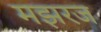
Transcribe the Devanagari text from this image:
मझरज